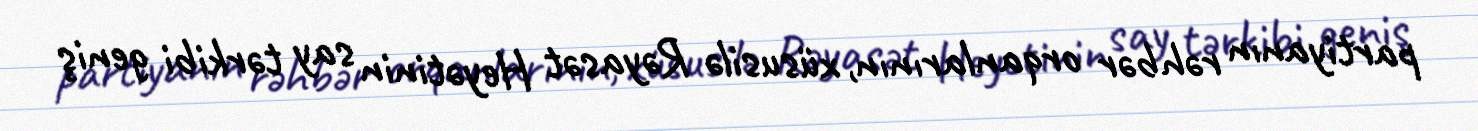
partiyanın rəhbər orqanlarının, xüsusilə Rəyasət Heyətinin say tərkibi geniş